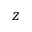
z